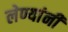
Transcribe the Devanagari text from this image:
लेण्यांनी